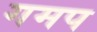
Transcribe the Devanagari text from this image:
गमप